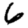
Digit: 6